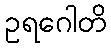
ဥရဂေါတိ